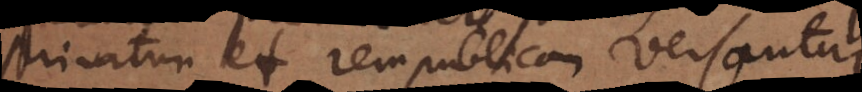
privatum et rempublicam versantur.